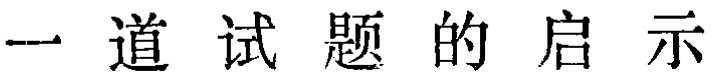
一道试题的启示